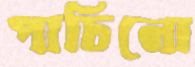
পাচিনো